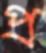
প্র